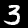
Label: 3